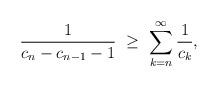
LaTeX: \begin{align*}\frac{1}{c_{n}-c_{n-1}-1} \ \geq\ \sum_{k = n}^{\infty} \frac{1}{c_{k}},\end{align*}